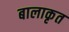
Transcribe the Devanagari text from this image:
बालाकृत